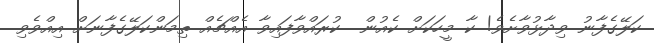
ކަލޭގެފާނު ވިދާޅުވާށެވެ! ކާ މީހަކަށް ކެއުން  ކުރައްވާފައިވާ އެއްޗެއް ތިމަންކަލޭގެފާނަށް އިއްވެވި